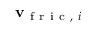
\mathbf { v } _ { \mathrm { ~ f ~ r ~ i ~ c ~ , ~ } i }